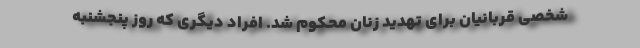
شخصی قربانیان برای تهدید زنان محکوم شد. افراد دیگری که روز پنجشنبه